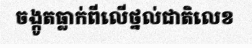
ចង្កូតធ្លាក់ពីលើថ្នល់ជាតិលេខ